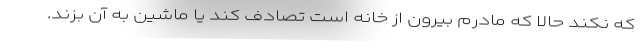
که نکند حالا که مادرم بیرون از خانه است تصادف کند یا ماشین به آن بزند.